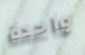
واحدة